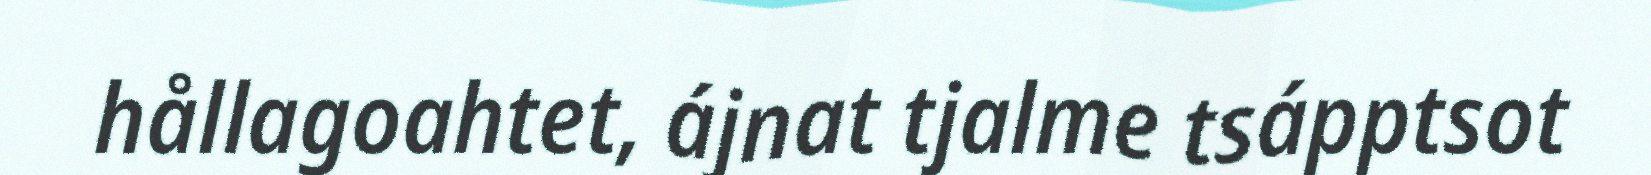
hållagoahtet, ájnat tjalme tsápptsot